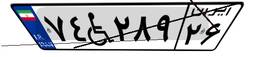
۷۴W۲۸۹۲۶